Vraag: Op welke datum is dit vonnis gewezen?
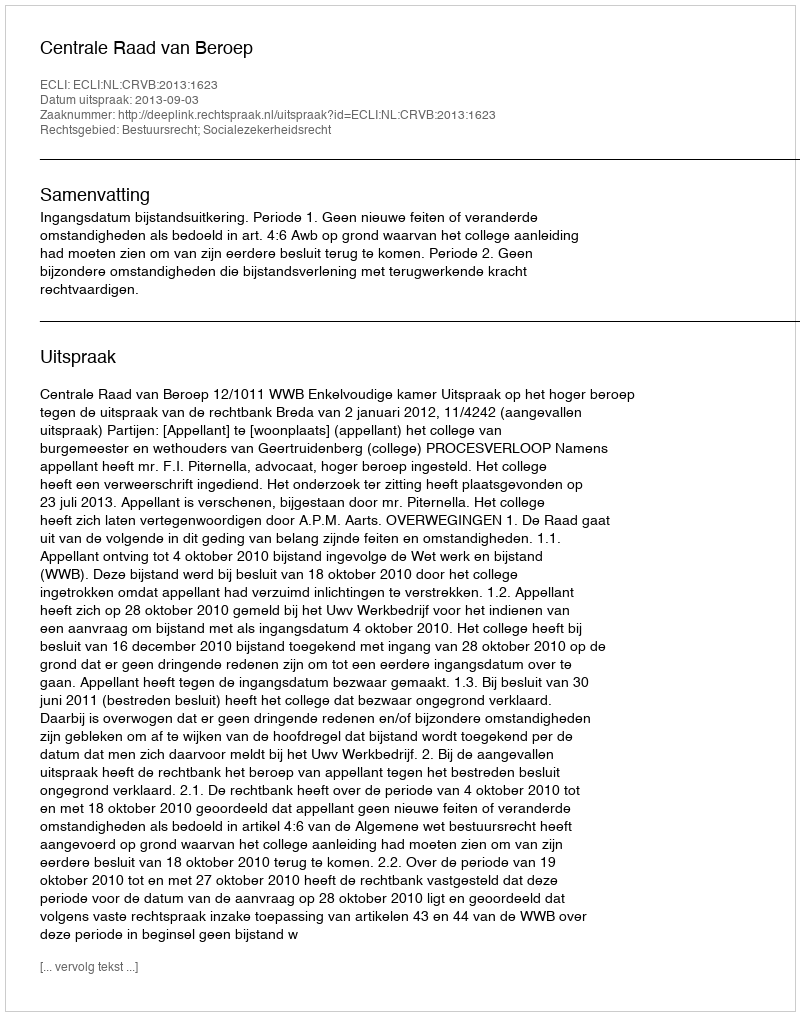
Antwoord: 2013-09-03